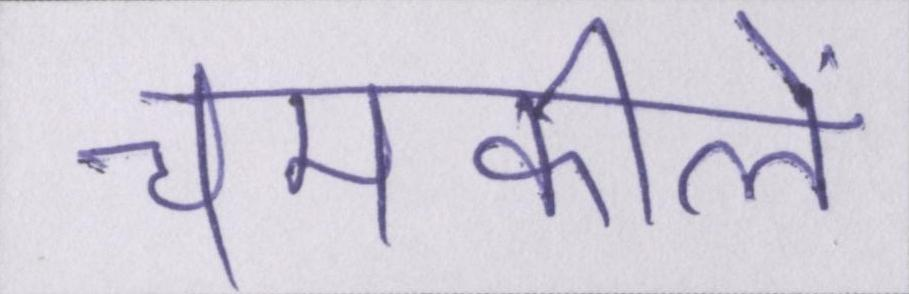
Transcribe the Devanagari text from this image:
चमकीले